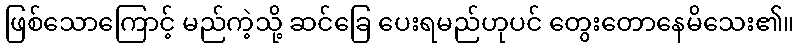
ဖြစ်သောကြောင့် မည်ကဲ့သို့ ဆင်ခြေ ပေးရမည်ဟုပင် တွေးတောနေမိသေး၏။